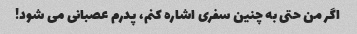
اگر من حتی به چنین سفری اشاره کنم، پدرم عصبانی می شود!